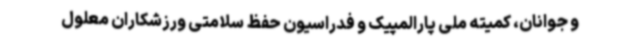
و جوانان، کمیته ملی پارالمپیک و فدراسیون حفظ سلامتی ورزشکاران معلول